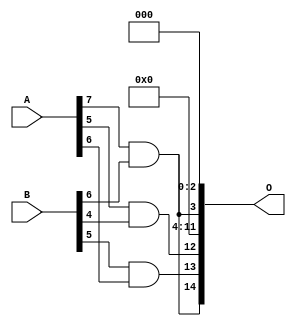
/***
* This code is a part of EvoApproxLib library (ehw.fit.vutbr.cz/approxlib) distributed under The MIT License.
* When used, please cite the following article(s): V. Mrazek, L. Sekanina, Z. Vasicek "Libraries of Approximate Circuits: Automated Design and Application in CNN Accelerators" IEEE Journal on Emerging and Selected Topics in Circuits and Systems, Vol 10, No 4, 2020 
* This file contains a circuit from a sub-set of pareto optimal circuits with respect to the pwr and mse parameters
***/
// MAE% = 8.05 %
// MAE = 2637 
// WCE% = 30.62 %
// WCE = 10033 
// WCRE% = 700.00 %
// EP% = 98.83 %
// MRE% = 64.51 %
// MSE = 11896.765e3 
// PDK45_PWR = 0.00089 mW
// PDK45_AREA = 7.0 um2
// PDK45_DELAY = 0.04 ns

module mul8x7u_1AG (
    A,
    B,
    O
);

input [7:0] A;
input [6:0] B;
output [14:0] O;

wire sig_222,sig_223,sig_240;

assign sig_222 = A[7] & B[6];
assign sig_223 = A[5] & B[4];
assign sig_240 = B[5] & A[6];

assign O[14] = sig_222;
assign O[13] = sig_240;
assign O[12] = sig_223;
assign O[11] = 1'b0;
assign O[10] = 1'b0;
assign O[9] = 1'b0;
assign O[8] = 1'b0;
assign O[7] = 1'b0;
assign O[6] = 1'b0;
assign O[5] = 1'b0;
assign O[4] = 1'b0;
assign O[3] = sig_222;
assign O[2] = 1'b0;
assign O[1] = 1'b0;
assign O[0] = 1'b0;

endmodule